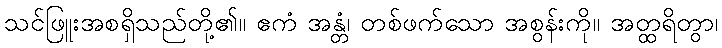
သင်ဖြူးအစရှိသည်တို့၏။ ဧကံ အန္တံ၊ တစ်ဖက်သော အစွန်းကို။ အတ္ထရိတွာ၊